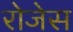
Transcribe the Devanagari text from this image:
रोजेस